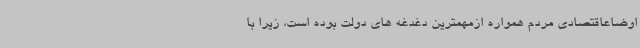
اوضاعاقتصادی مردم همواره ازمهمترین دغدغه های دولت بوده است، زیرا با